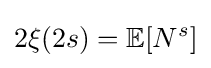
2\xi (2s)=\mathbb {E} [N^{s}]